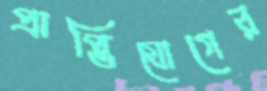
প্রাপ্তিযোগের